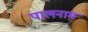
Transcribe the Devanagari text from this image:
पालनाम